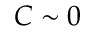
C \sim 0